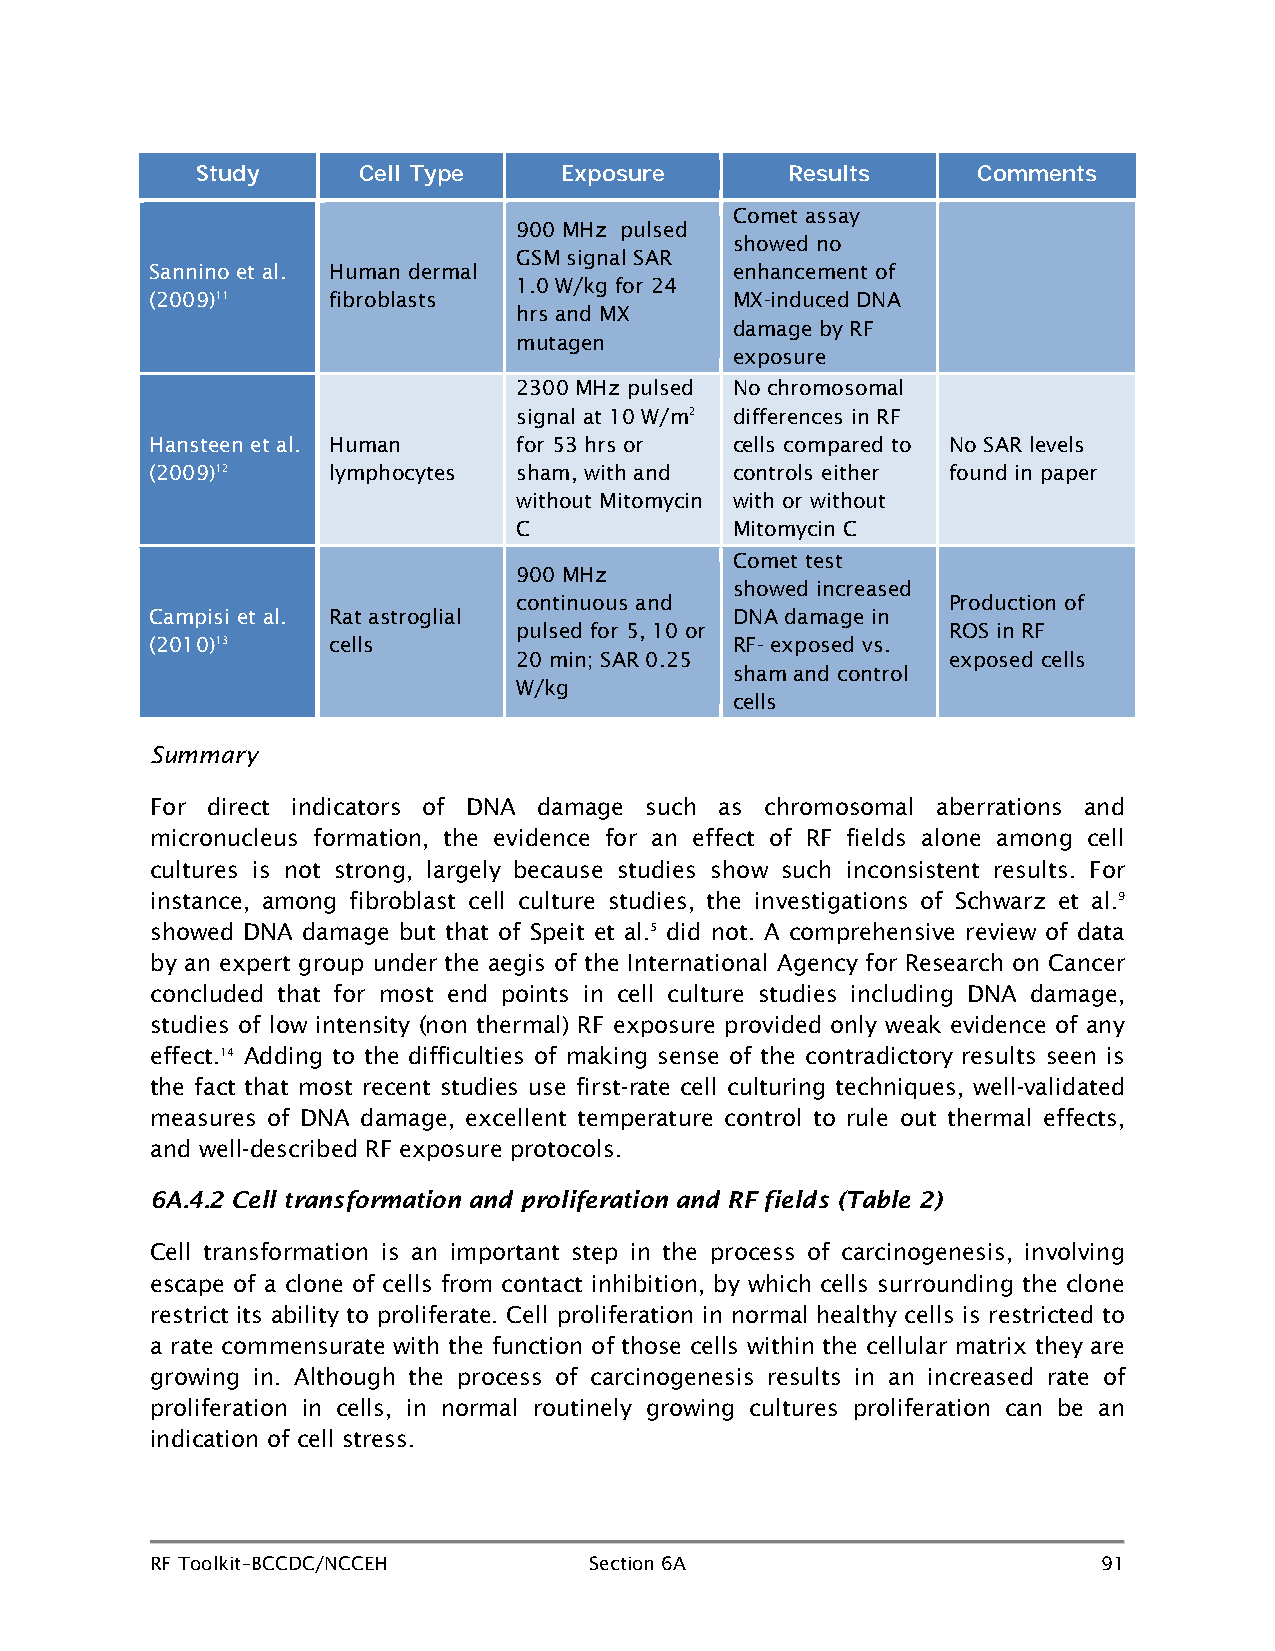
Study      Cell Type    Exposure       Results      Comments
 Comet assay
 900 MHz pulsed
 showed no
 GSM signal SAR
 Sannino et al. Human dermal           enhancement of
 1.0 W/kg for 24
 (2009)11    fibroblasts               MX-induced DNA
 hrs and MX
 damage by RF
 mutagen
 exposure
 2300 MHz pulsed No chromosomal
 signal at 10 W/m2 differences in RF
 Hansteen et al. Human   for 53 hrs or cells compared to No SAR levels
 (2009)12    lymphocytes sham, with and controls either found in paper
 without Mitomycin with or without
 C             Mitomycin C
 Comet test
 900 MHz
 showed increased
 continuous and               Production of
 Campisi et al. Rat astroglial         DNA damage in
 pulsed for 5, 10 or          ROS in RF
 (2010)13    cells                     RF- exposed vs.
 20 min; SAR 0.25             exposed cells
 sham and control
 W/kg
 cells
 Summary
 For direct indicators of DNA damage such as chromosomal aberrations and
 micronucleus formation, the evidence for an effect of RF fields alone among cell
 cultures is not strong, largely because studies show such inconsistent results. For
 instance, among fibroblast cell culture studies, the investigations of Schwarz et al.9
 showed DNA damage but that of Speit et al.5 did not. A comprehensive review of data
 by an expert group under the aegis of the International Agency for Research on Cancer
 concluded that for most end points in cell culture studies including DNA damage,
 studies of low intensity (non thermal) RF exposure provided only weak evidence of any
 effect.14 Adding to the difficulties of making sense of the contradictory results seen is
 the fact that most recent studies use first-rate cell culturing techniques, well-validated
 measures of DNA damage, excellent temperature control to rule out thermal effects,
 and well-described RF exposure protocols.
 6A.4.2 Cell transformation and proliferation and RF fields (Table 2)
 Cell transformation is an important step in the process of carcinogenesis, involving
 escape of a clone of cells from contact inhibition, by which cells surrounding the clone
 restrict its ability to proliferate. Cell proliferation in normal healthy cells is restricted to
 a rate commensurate with the function of those cells within the cellular matrix they are
 growing in. Although the process of carcinogenesis results in an increased rate of
 proliferation in cells, in normal routinely growing cultures proliferation can be an
 indication of cell stress.
 RF Toolkit–BCCDC/NCCEH       Section 6A                        91